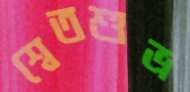
শ্বেতশুভ্র